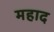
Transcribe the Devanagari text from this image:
महाद